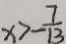
x > - \frac { 7 } { 1 3 }